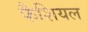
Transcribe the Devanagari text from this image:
फैशियल